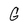
Character: G